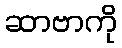
ဆာဗာကို